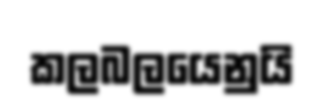
කලබලයෙනුයි